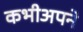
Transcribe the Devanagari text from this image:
कभीअपने